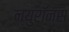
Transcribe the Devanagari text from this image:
न्युरॉन्स